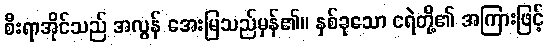
စီးရာအိုင်သည် အလွန် အေးမြသည်မှန်၏။ နှစ်ခုသော ငရဲတို့၏ အကြားဖြင့်